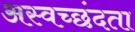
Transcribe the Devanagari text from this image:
अस्वच्छंदता